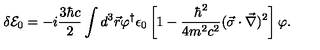
\delta { \cal E } _ { 0 } = - i \frac { 3 \hbar c } { 2 } \int d ^ { 3 } \vec { r } \varphi ^ { \dagger } \epsilon _ { 0 } \left[ 1 - \frac { \hbar ^ { 2 } } { 4 m ^ { 2 } c ^ { 2 } } ( \vec { \sigma } \cdot \vec { \nabla } ) ^ { 2 } \right] \varphi { . }